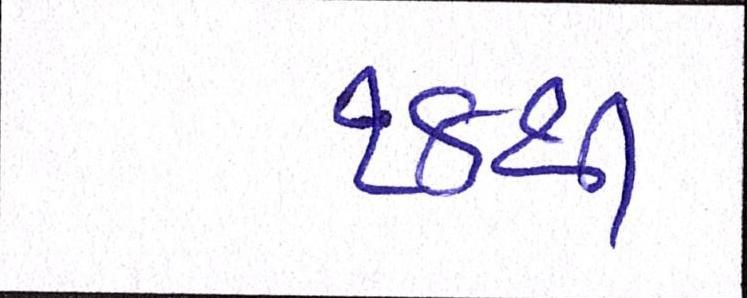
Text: ૧૪થી